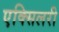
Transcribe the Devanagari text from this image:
एक्सिलरी